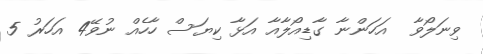
ވިނަލޯވާ  އަހަންނާ ގާޑިއޯލާއާ އަޅާ ކިޔަސް ހާހެއް ނުވޭ4 އަހަރު 5